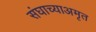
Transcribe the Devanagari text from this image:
संघाच्याअमृत